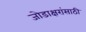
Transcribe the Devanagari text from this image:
जोडाक्षरांसाठी